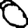
Digit: 0